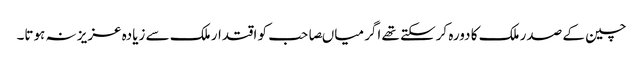
چین کے صدر ملک کا دورہ کرسکتے تھے اگر میاںصاحب کو اقتدار ملک سے زیادہ عزیز نہ ہوتا۔